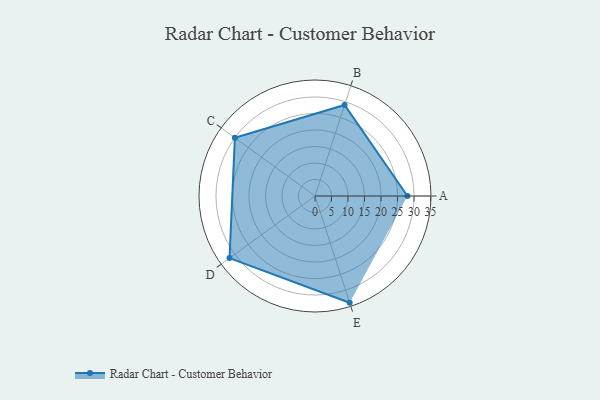
{"axis": {"x": "Skill", "y": "Score"}, "legend": ["Profile"], "data": [{"x": "A", "y": 28.0, "type": "Profile"}, {"x": "B", "y": 29.0, "type": "Profile"}, {"x": "C", "y": 30.0, "type": "Profile"}, {"x": "D", "y": 32.0, "type": "Profile"}, {"x": "E", "y": 34.0, "type": "Profile"}]}